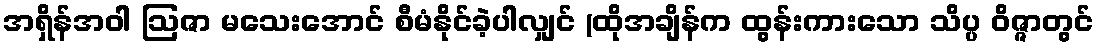
အရှိန်အဝါ ဩဇာ မသေးအောင် စီမံနိုင်ခဲ့ပါလျှင် (ထိုအချိန်က ထွန်းကားသော သိပ္ပ ဝိဇ္ဇာတွင်